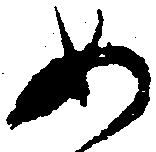
め